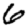
Digit: 6